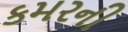
કમરની